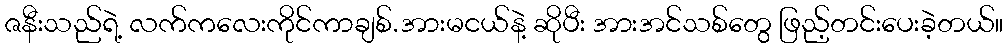
ဇနီးသည်ရဲ့ လက်ကလေးကိုင်ကာချစ်.အားမငယ်နဲ့ ဆိုပီး အားအင်သစ်တွေ ဖြည့်တင်းပေးခဲ့တယ်။